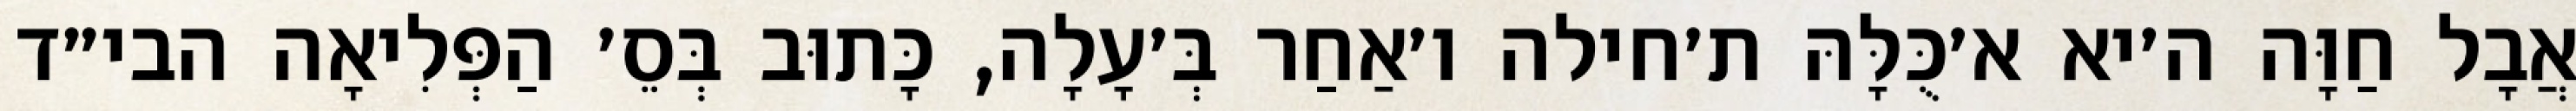
אֲבָל חַוָּה ה׳יא א׳כֻּלָּהּ ת׳חילה ו׳אַחַר בְּ׳עָלָה, כָּתוּב בְּסֵ׳ הַפְּלִיאָה הבי״ד